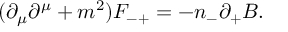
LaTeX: ( { \partial } _ { \mu } { \partial } ^ { \mu } + m ^ { 2 } ) F _ { - + } = - n _ { - } { \partial } _ { + } B .